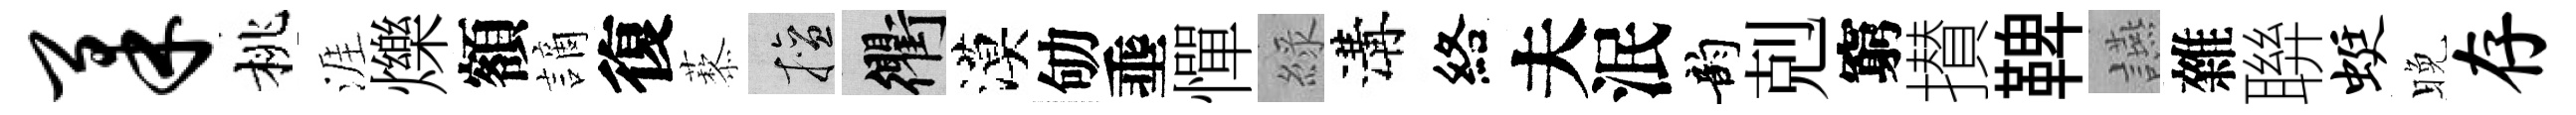
柔桃涯爍額謫復藜擅衢漠劬埀憚綠溝絡夫泯韵剋窮攅鞞讌雜聨蜓晚存